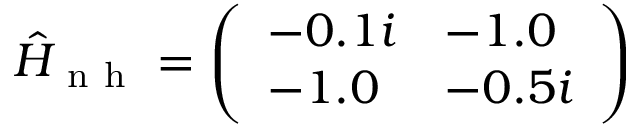
\begin{array} { r } { \hat { H } _ { \mathrm { ~ n ~ h ~ } } = \left( \begin{array} { l l } { - 0 . 1 i } & { - 1 . 0 } \\ { - 1 . 0 } & { - 0 . 5 i } \end{array} \right) } \end{array}